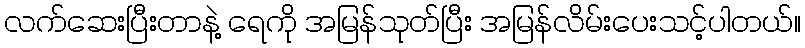
လက်ဆေးပြီးတာနဲ့ ရေကို အမြန်သုတ်ပြီး အမြန်လိမ်းပေးသင့်ပါတယ်။